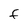
Character: f